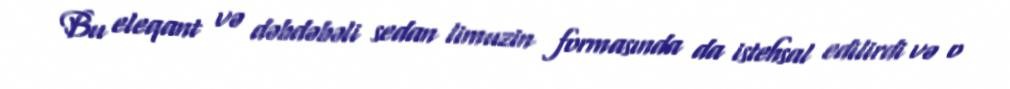
Bu eleqant və dəbdəbəli sedan limuzin formasında da istehsal edilirdi və o